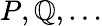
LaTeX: P,\mathbb{Q},\dots